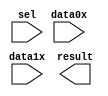
module lpm_mux_14bit (
	data0x,
	data1x,
	sel,
	result);

	input	[13:0]  data0x;
	input	[13:0]  data1x;
	input	  sel;
	output	[13:0]  result;

endmodule